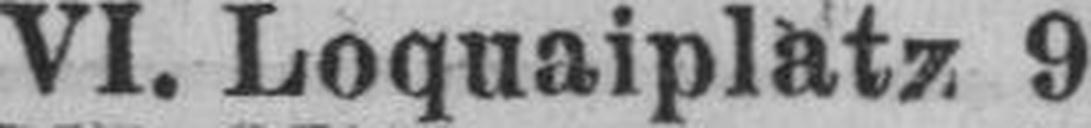
VI. Loquaiplatz 9